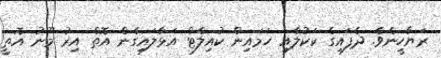
ރަޔާހީނެވެ. ދެފައިގެ ކަކުލާއި ހަމައިން ކުއިލްޓް އަޅާލައިގެން އޮތް އިރު މޫނު އޮތީ